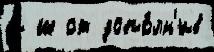
и ш от допо́лн'ив